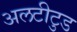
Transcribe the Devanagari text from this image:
अलटीटुड